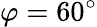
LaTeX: \varphi=60^{\circ}